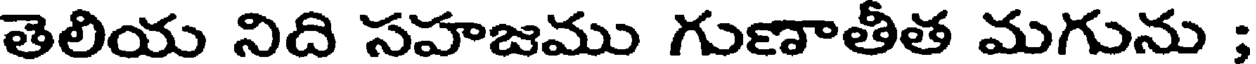
తెలియ నిది సహజము గుణాతీత మగును ;